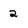
Character: 2